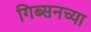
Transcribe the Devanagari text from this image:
गिब्सनच्या